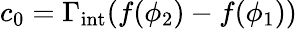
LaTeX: c_{0}=\Gamma_{\mathrm{int}}(f(\phi_{2})-f(\phi_{1}))